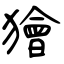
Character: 獪